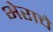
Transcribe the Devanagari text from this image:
भेराचे